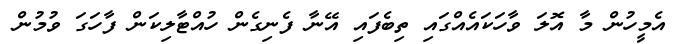
އެމީހުން މާ އޮލަ ވާހަކައެއްގައި ތިބެފައި އޭނާ ފެނިގެން ހުއްޓާލިކަން ފާހަގަ ވުމުން